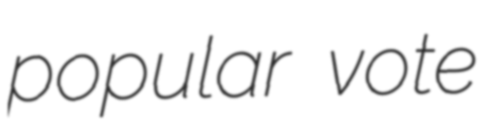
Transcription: popular vote